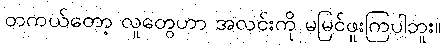
တကယ်တော့ လူတွေဟာ အလင်းကို မမြင်ဖူးကြပါဘူး။